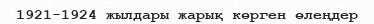
1921-1924 жылдары жарық көрген өлеңдер